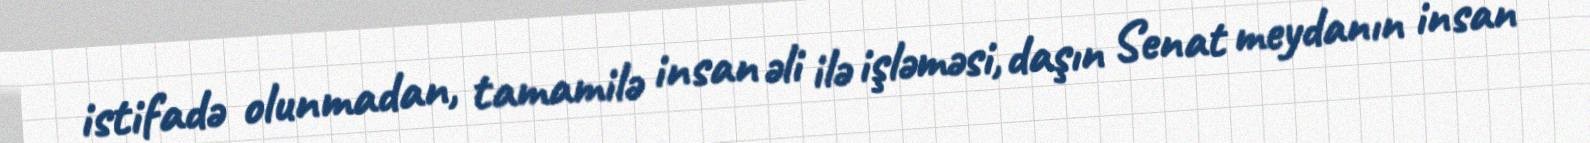
istifadə olunmadan, tamamilə insan əli ilə işləməsi, daşın Senat meydanın insan